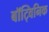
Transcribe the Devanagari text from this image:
बॉट्विनिक